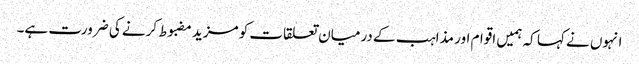
انہوں نے کہا کہ ہمیں اقوام اور مذاہب کے درمیان تعلقات کو مزید مضبوط کرنے کی ضرورت ہے۔